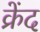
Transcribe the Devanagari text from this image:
क्रेंद